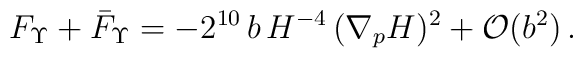
F_\Upsilon+\bar{F}_{\Upsilon}= -2^{10} \, b\, H^{-4}\, (\nabla_p H)^2  + {\cal O}(b^2)\,.